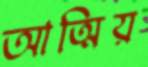
আত্মিয়